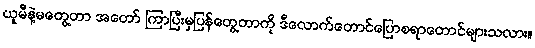
ယူမီနဲ့မတွေ့တာ အတော် ကြာပြီးမှပြန်တွေ့တာကို ဒီလောက်တောင်ပြောစရာတောင်များသလား။